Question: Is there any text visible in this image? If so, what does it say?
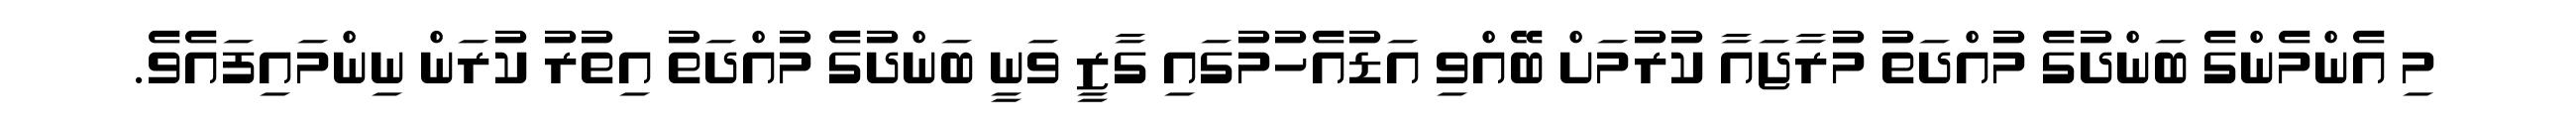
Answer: މި އެންމެންގެ ބަންދުގެ މުއްދަތު މުރާޖައާ ކުރުމަށް ބޭއްވި އަޑުއެހުމުގައި ގާޒީ ވަނީ ބަންދުގެ މުއްދަތު އިތުރު ކުރަން ނިންމައިފައެވެ.